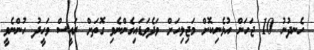
ހެނދުނު 10 ޖަހަން އުޅެނިކޮށް މަޖިލިހަށް ވަދެވަޑައިގެންނެވި ގޮތަށް ރައީސް ވަހީދު ހުންނެވީ